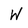
Character: W